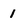
Character: 1